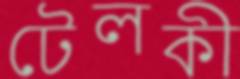
টেলকী